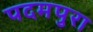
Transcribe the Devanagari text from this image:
पदमपुरा